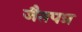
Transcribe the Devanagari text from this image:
जैतपत्र